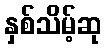
နှစ်သိမ့်ဆု